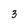
Character: 3